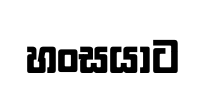
හංසයාට